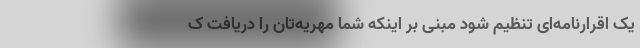
یک اقرارنامه‌ای تنظیم شود مبنی بر اینکه شما مهریه‌تان را دریافت ک